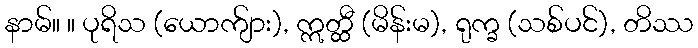
နာမ်။ ။ ပုရိသ (ယောက်ျား), ဣတ္ထီ (မိန်းမ), ရုက္ခ (သစ်ပင်), တိဿ